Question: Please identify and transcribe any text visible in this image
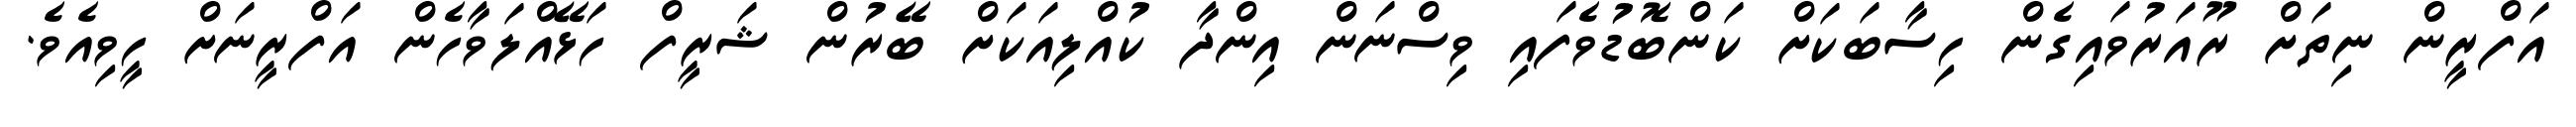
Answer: އަފްރީން ނިތަށް ރޫއަރުވައިގެން ހިސާބަކަށް ކަންބޮޑުވެފައި ވިސްނަން އިންދާ ކުއްލިއަކަށް ބޭރުން ޝަރީފް ހަޅޭއްލަވާހެން އަފްރީނަށް ހީވިއެވެ.